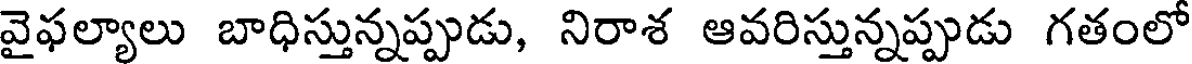
వైఫల్యాలు బాధిస్తున్నప్పుడు, నిరాశ ఆవరిస్తున్నప్పుడు గతంలో